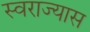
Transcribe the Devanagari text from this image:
स्वराज्यास